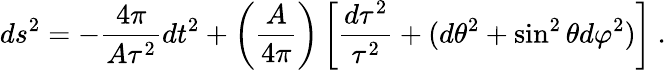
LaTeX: ds^{2}=-{\frac{4\pi}{A\tau^{2}}}dt^{2}+\left({\frac{A}{4\pi}}\right)\left[{\frac{d\tau^{2}}{\tau^{2}}}+(d\theta^{2}+\sin^{2}\theta d\varphi^{2})\right]\ .